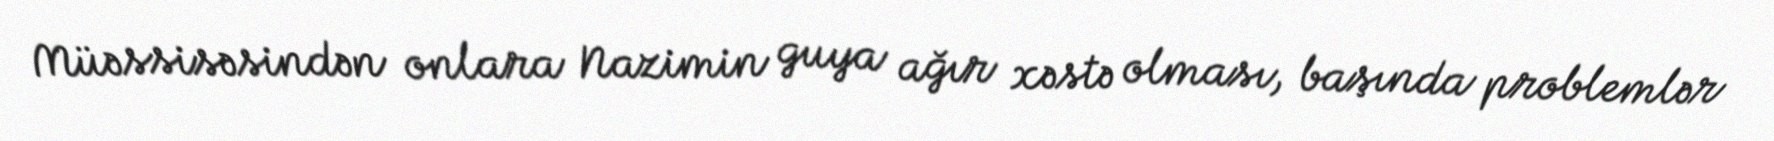
Müəssisəsindən onlara Nazimin guya ağır xəstə olması, başında problemlər